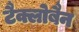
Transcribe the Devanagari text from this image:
टैक्लोबैन